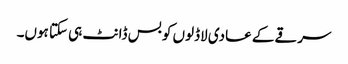
سرقے کے عادی لاڈلوں کو بس ڈانٹ ہی سکتا ہوں۔